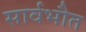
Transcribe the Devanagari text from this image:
सार्वभौत